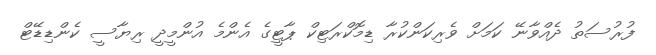
ފުރުސަތު ދެއްވާނޭ ކަމަށް ވެރިކަންކުރާ ޑިމޮކްރަޓިކް ޕާޓީގެ އެންމެ އުންމީދީ ރިޔާސީ ކެންޑިޑޭޓް